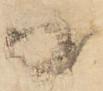
日